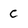
Character: C